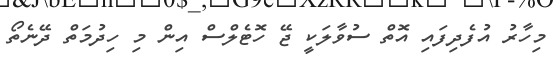
މިހާރު އުފެދިފައި އޮތް ސުވާލަކީ ޖޭ ހޮޓެލްސް އިން މި ހިދުމަތް ދޭނެތޯ